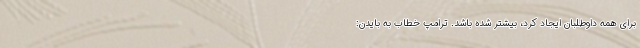
برای همه داوطلبان ایجاد کرد، بیشتر شده باشد. ترامپ خطاب به بایدن: